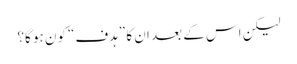
لیکن اس کے بعد ان کا ”ہدف“ کون ہو گا؟